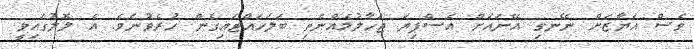
ވެސް އަޔާޒަށް ނޭނގި އޭނައަށް އެސްފިޔަ ޖަހާލުމެއްނެތި ބަލަހައްޓައިގެން ހުރެވުނެވެ. އެ ލޮލުގައިވީ